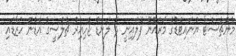
މެންޗެސްޓާ ޔުނައިޓެޑުގެ މަރައުނޭ ފެލައިނީ ދެ ލަނޑު ޖެހިއިރު ޗެލްސީގެ އެޑެން ހަޒާޑައި